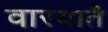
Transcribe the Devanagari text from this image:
वारयातै